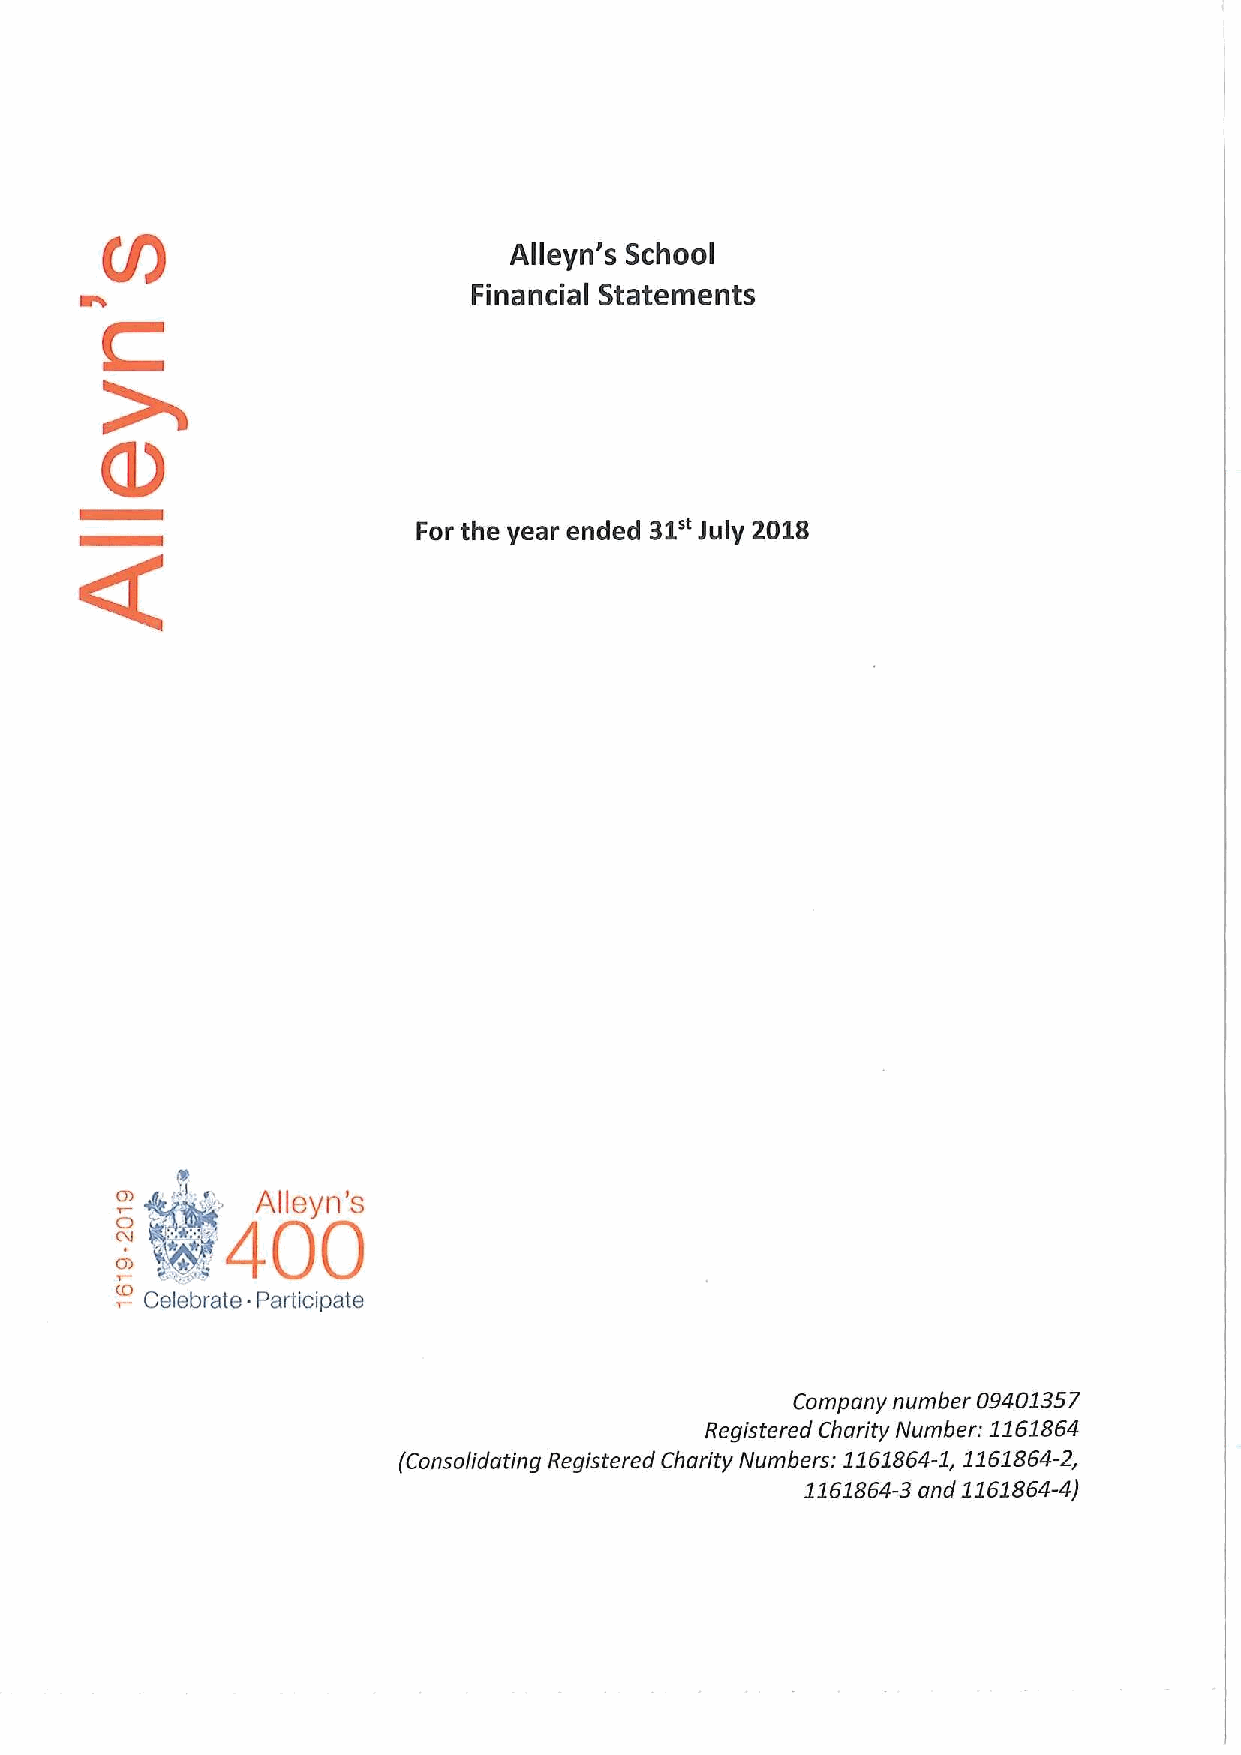
Alleyn's School
 Financial Statements
 31"
 For the year ended July 2018
 o»
 400
 :@»"::;
 Celebrate Participate
 Company number 09401357
 Registered Charity Number: 1161864
 (Consolidating Registered Charity Numbers: 1161864-1,1161864-2,
 1161864-3and 1161864-4)